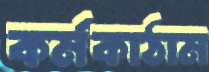
কর্মকাঠাম